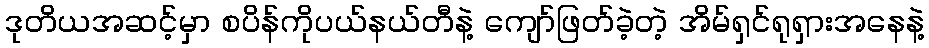
ဒုတိယအဆင့်မှာ စပိန်ကိုပယ်နယ်တီနဲ့ ကျော်ဖြတ်ခဲ့တဲ့ အိမ်ရှင်ရုရှားအနေနဲ့